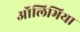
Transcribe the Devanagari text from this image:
ऑलिभिया